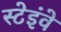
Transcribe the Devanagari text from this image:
स्टेइंवे